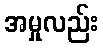
အမှုလည်း